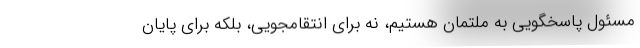
مسئول پاسخگویی به ملتمان هستیم، نه برای انتقامجویی، بلکه برای پایان